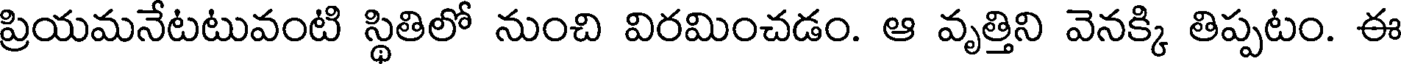
ప్రియమనేటటువంటి స్థితిలో నుంచి విరమించడం. ఆ వృత్తిని వెనక్కి తిప్పటం. ఈ